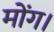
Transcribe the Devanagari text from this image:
मोंग।